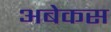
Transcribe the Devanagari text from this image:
अबेकस